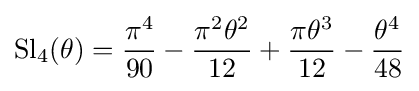
\operatorname {Sl} _{4}(\theta )={\frac {\pi ^{4}}{90}}-{\frac {\pi ^{2}\theta ^{2}}{12}}+{\frac {\pi \theta ^{3}}{12}}-{\frac {\theta ^{4}}{48}}